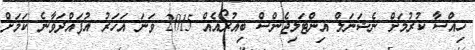
ހިއްސާ ކުރުމަށް ނެޝަނަލް އިންޓަލިޖެންސް ބިއުރޯއެއް 2015 ވަނަ އަހަރު އުފައްދަވާނެ ކަމަށް